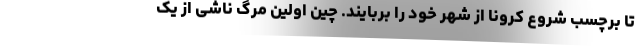
تا برچسب شروع کرونا از شهر خود را بربایند. چین اولین مرگ ناشی از یک